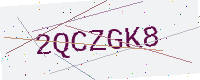
Text: 2QCZGK8